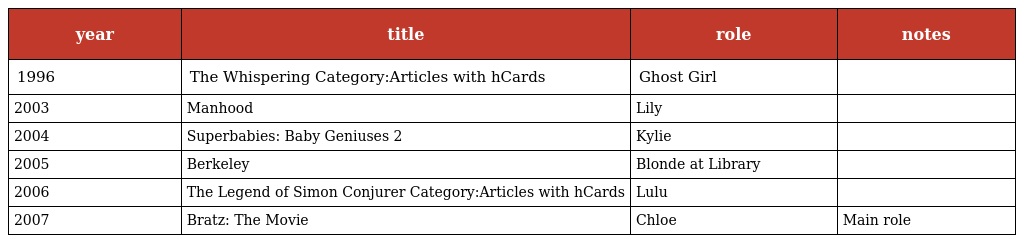
| year | title | role | notes |
 | --- | --- | --- | --- |
 | 1996 | The Whispering Category:Articles with hCards | Ghost Girl |  |
 | 2003 | Manhood | Lily |  |
 | 2004 | Superbabies: Baby Geniuses 2 | Kylie |  |
 | 2005 | Berkeley | Blonde at Library |  |
 | 2006 | The Legend of Simon Conjurer Category:Articles with hCards | Lulu |  |
 | 2007 | Bratz: The Movie | Chloe | Main role |